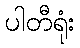
ပါတီရုံး